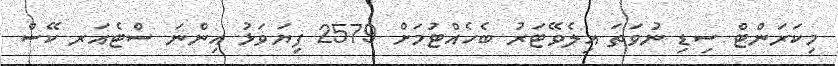
މިކަރަންޓް ސިޑި ނުވަތަ އިލެވޭޓަރު ބެހެއްޓުމަށް 2579 ފިޔަވަޅު އިންނަ ސްޓެއަރ ކޭސް